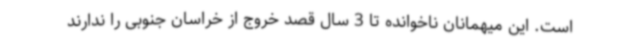
است. این میهمانان ناخوانده تا 3 سال قصد خروج از خراسان جنوبی را ندارند